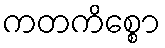
ကတကိစ္စော